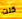
كنت